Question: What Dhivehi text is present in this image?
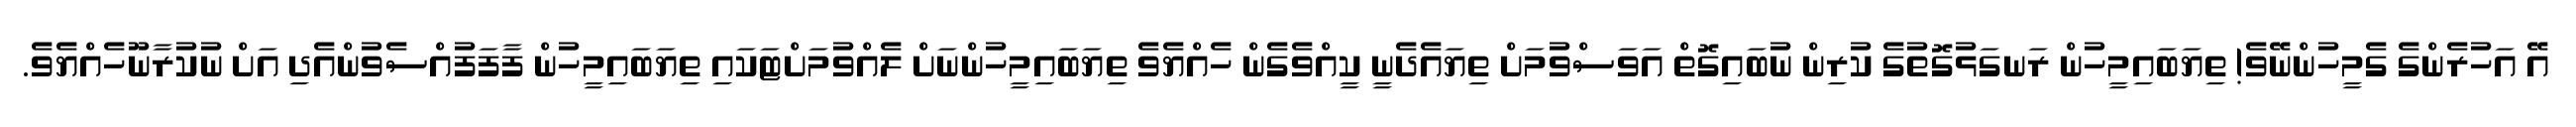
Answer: އޭ އަހުރެންގެ ގެމީހުންނޭވެ! ތިޔަބައިމީހުން ރަނގަޅުގޮތުގެ ކުރިން ނުބައިގޮތް އަވަސްވުމަށް ތިޔައެދެނީ ކީއްވެގެން ހެއްޔެވެ ތިޔަބައިމީހުންނަށް ލެއްވުމަށްޓަކައި ތިޔަބައިމީހުން ފާފަފުއްސެވުންއެދި އަށް ނުކުރާނޫހެއްޔެވެ.